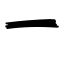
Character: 一